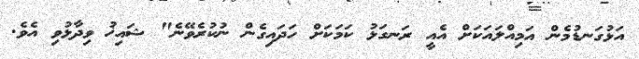
އަޅުގަނޑުމެން އަމިއްލައަކަށް އެއީ ރަނގަޅު ކަމަކަށް ހަދައިގެން ނުކުރެވޭނެ" ޝައިޚު ވިދާޅުވި އެވެ.